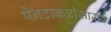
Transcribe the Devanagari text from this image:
पेनटाकळीसारखे